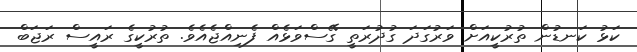
ކަޅު ކަނޑުން ތުރުކީއަށް ވަރުގަދަ ގުދުރަތީ ގޭސްވަޅެއް ފެނިއްޖެއެވެ. ތުރުކީގެ ރައީސް ރަޖަބް